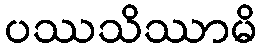
ပဿသိဿာမိ